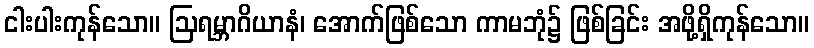
ငါးပါးကုန်သော။ ဩရမ္ဘာဂိယာနံ၊ အောက်ဖြစ်သော ကာမဘုံ၌ ဖြစ်ခြင်း အဖို့ရှိကုန်သော။